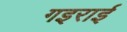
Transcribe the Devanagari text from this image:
गइराई